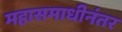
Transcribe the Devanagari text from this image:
महासमाधीनंतर